Medical and sanitary report of the native army of Bengal for the year
Year: 1877
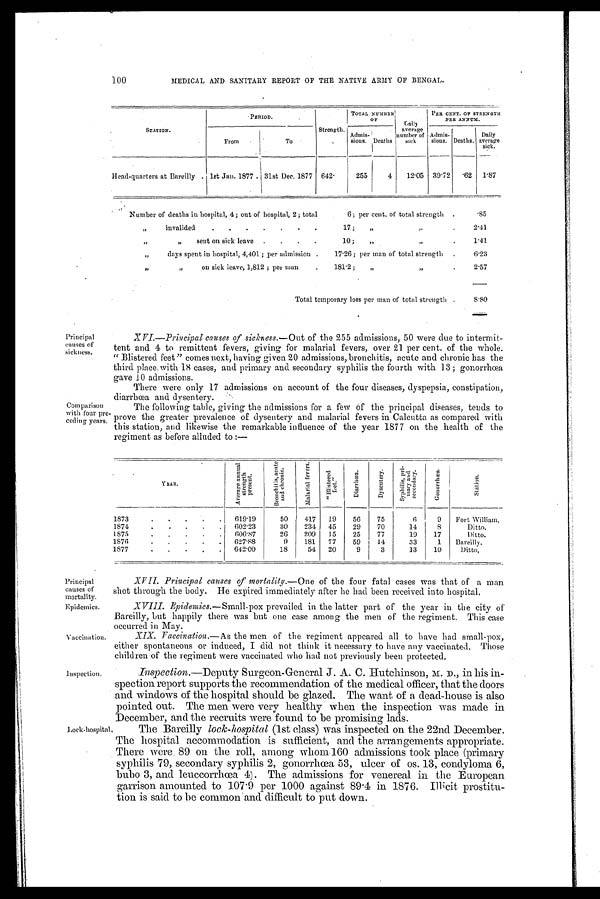
Principal
causes of
mortality.
Epidemics.
Vaccination.
100
MEDICAL AND SANITARY REPORT OF THE NATIVE ARMY OF BENGAL.
STATION.
PERIOD.
Strength.
TOTAL NUMBER
OF
Daily
average
number of
sick
PER CENT. OF STRENGTH
PER ANNUM.
From
To
Admis-
sions. Deaths
Admis-
sions. Deaths,
Daily
average
sick.
Head-quarters at Bareilly
let Jan. 1877 31st Dec. 1877 642.
255
4
12.05 39.72
.62
1.87
Number of deaths in hospital, 4; out of hospital, 2; total
6; per cent, of total strength
.
.85
”
invalided
.
.
.
.
.
.
17;
„
” .
2.41
”
„
sent on sick leave
.
.
.
.
10;
„
”
.
1.41
„
days spent in hospital, 4,401; per admission .
17.26 ; per man of total strength
.
6.23
”
” on sick leave, 1,812; per man
.
181.2;
„
”
.
2.57
Total temporary loss per man of total strength .
8 . 8 0
Principal
causes of
sick ness.
Comparison
with four pre.
ceding years.
XVI.—Principal causes of sickness.— Out of the 255 admissions, 50 were due to intermit-
tent and 4 to remittent fevers, giving for malarial fevers, over 21 per cent. of the whole.
"Blistered feet" comes next, having given 20 admissions, bronchitis, acute and chronic has the
third place. with 18 cases, and primary and secondary syphilis the fourth with 13; gonorrhœa
gave 10 admissions.
There were only 17 admissions on account of the four diseases, dyspepsia, constipation,
diarrhœa and dysentery.
The following table, giving the admissions for a few of the principal diseases, tends to
prove the greater prevalence of dysentery and malarial fevers in Calcutta as compared with
this station, and likewise the remarkable influence of the year 1877 on the health of the
re g iment as before alluded to:—
YEAR.
A v e r a g e a n n u a l s t r e n g t h p r e s e n t .
B r o n c h i t i s , a c u t e a n d c h r o n i c .
M a l a r i a l f e v e r s .
“ B l i s t e r e d f e e t ”
D i a r r h œ a .
D y s e n t e r y .
S y p h i t i s , p r i -
m a r y a n d s c o n d a r y .
G o n o r r h œ a .
Station.
1873
.
.
.
.
.
619.19
50
417
19
56
75
6
9
Fort William.
1874
.
.
.
.
.
602.23
30
234
45
29
70
14
8
Di t t o.
1875
.
.
.
.
.
606.87
26
209
15
25
77
19
17
Ditto.
1876
.
.
.
.
.
627.88
9
181
77
59
.14
33
1
Bareilly.
1877
.
.
.
.
.
642.00
18
54
20
9
3
13
10
Ditto,
inspection.
Lock-hospital,
XVII. Principal causes of mortality.— One of the four fatal cases was that of a man
shot through the body. He expired immediately after he had been received into hospital.
XVIII. Epidemics .—Small-pox prevailed in the latter part of the year in the city of
Bareilly, but happily there was but one case among the men of the regiment. This case
occurred in May.
XIX.
Vaccination.— As the men of the regiment appeared all to have had small-pox,
either spontaneous or induced, I did not think it necessary to have any vaccinated. Those
children of the regiment were vaccinated who had not previously been protected.
Inspection.—Deputy Surgeon-General J. A. C. Hutchinson, M. D., in his in
-spection report supports the recommendation of the medical officer, that the doors
and windows of the hospital should be glazed. The want of a dead-house is also
pointed out. The men were very healthy When the inspection was made in
December, and the recruits were found to be promising . lads.
The Bareilly lock-hospital (1st class) was inspected on the 22nd December.
The hospital accommodation is sufficient, and the arrangements appropriate.
There were, 89 on the roll, among whom160 admissions took place (primary
syphilis 79, secondary syphilis 2, gonorrhœa 53, ulcer of os. 13, condyloma 6,
bubo 3, and leuccorrhœa 4). The admissions for venereal in the European
garrison amounted to. 107.9 per 1000 against 89.4 in 1876. Illicit prostitu-
tion is said to be common and difficult to put down.